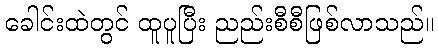
ခေါင်းထဲတွင် ထူပူပြီး ညည်းစီစီဖြစ်လာသည်။